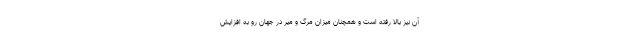
آن نیز بالا رفته است و همچنان میزان مرگ و میر در جهان رو به افزایش